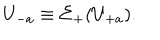
U _ { - a } \equiv \Sigma _ { + } ( U _ { + a } ) .